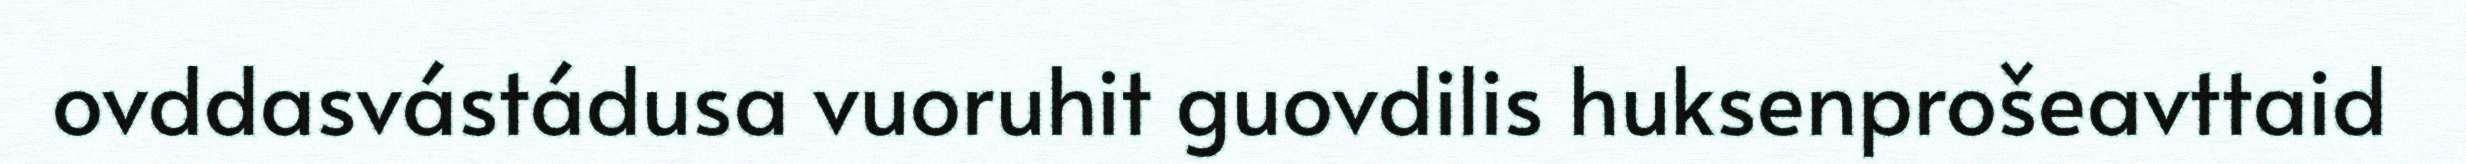
ovddasvástádusa vuoruhit guovdilis huksenprošeavttaid